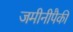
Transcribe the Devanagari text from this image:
जमीनीपैकी